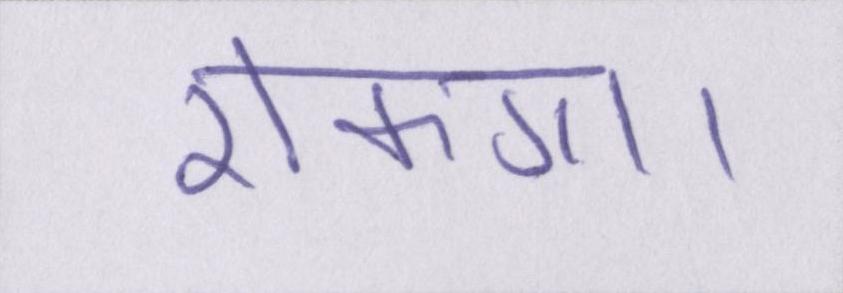
रोकगा।